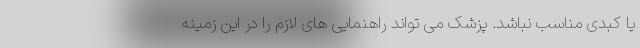
یا کبدی مناسب نباشد. پزشک می تواند راهنمایی های لازم را در این زمینه